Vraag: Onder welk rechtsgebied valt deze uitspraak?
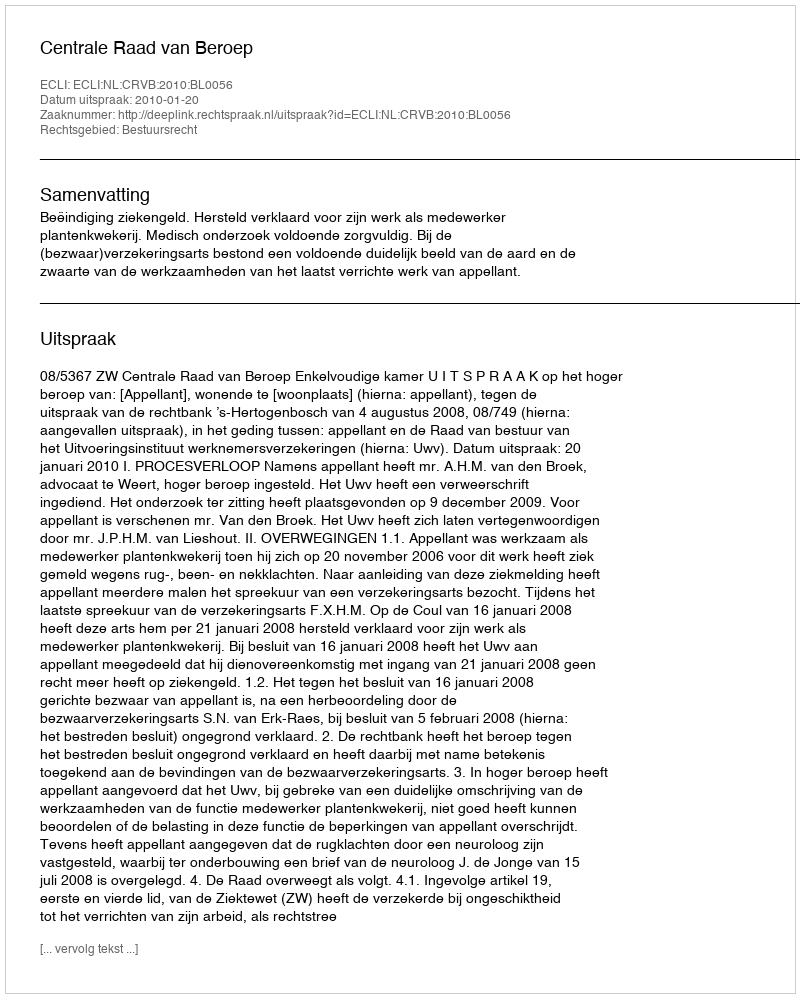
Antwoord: Bestuursrecht